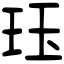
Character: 𤤴